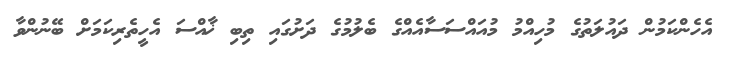
އެހެންކަމުން ދައުލަތުގެ މުހިއްމު މުއައްސަސާއެއްގެ ބެލުމުގެ ދަށުގައި ތިބި ޚާއްސަ އެހީތެރިކަމަށް ބޭނުންވާ